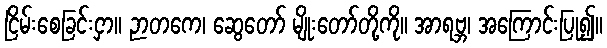
ငြိမ်းစေခြင်းငှာ။ ဉာတကေ၊ ဆွေတော် မျိုးတော်တို့ကို။ အာရဗ္ဘ၊ အကြောင်းပြု၍။